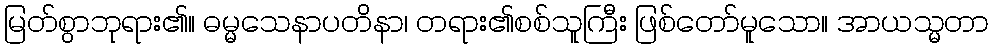
မြတ်စွာဘုရား၏။ ဓမ္မသေနာပတိနာ၊ တရား၏စစ်သူကြီး ဖြစ်တော်မူသော။ အာယသ္မတာ